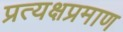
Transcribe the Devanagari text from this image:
प्रत्यक्षप्रमाण